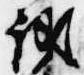
議